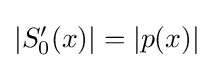
{\textstyle |S_{0}'(x)|=|p(x)|}